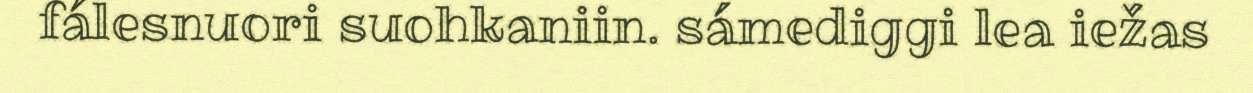
fálesnuori suohkaniin. sámediggi lea iežas